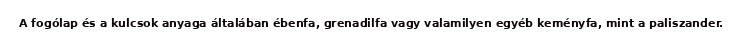
A fogólap és a kulcsok anyaga általában ébenfa, grenadilfa vagy valamilyen egyéb keményfa, mint a paliszander.